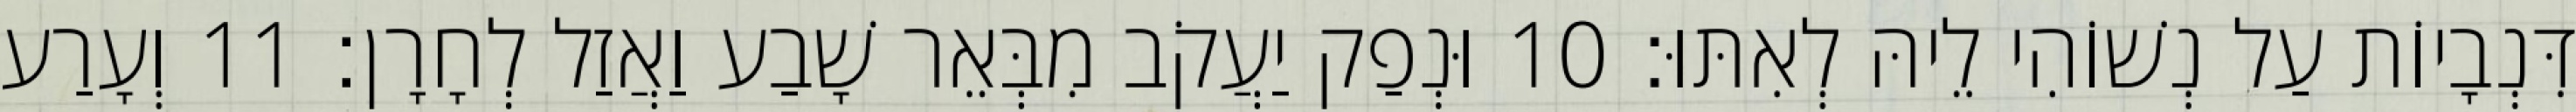
דִּנְבָיוֹת עַל נְשׁוֹהִי לֵיהּ לְאִתּוּ׃ 10 וּנְפַק יַעֲקֹב מִבְּאֵר שָׁבַע וַאֲזַל לְחָרָן׃ 11 וְעָרַע